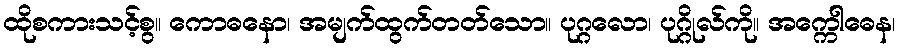
ထိုစကားသင့်စွ။ ကောဓနော၊ အမျက်ထွက်တတ်သော။ ပုဂ္ဂလော၊ ပုဂ္ဂိုလ်ကို။ အက္ကေါဓေန၊